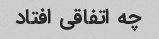
چه اتفاقی افتاد